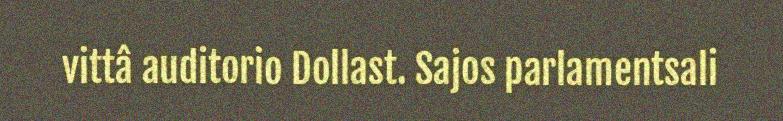
vittâ auditorio Dollast. Sajos parlamentsali